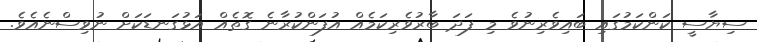
ސިޔާސީ ކަންކަމުގައި ބައިވެރިނުވެ މި ފަދަ ބާރުވެރިކަމެއް އުފަންކުރާނެ ގޮތެއް އަޅުގަނޑަކަށް ނުވިސްނެއެވެ.